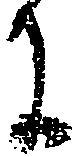
に